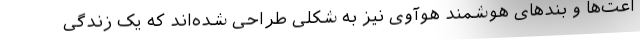
اعت‌ها و بندهای هوشمند هوآوی نیز به شکلی طراحی شده‌اند که یک زندگی